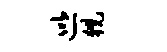
巡猊